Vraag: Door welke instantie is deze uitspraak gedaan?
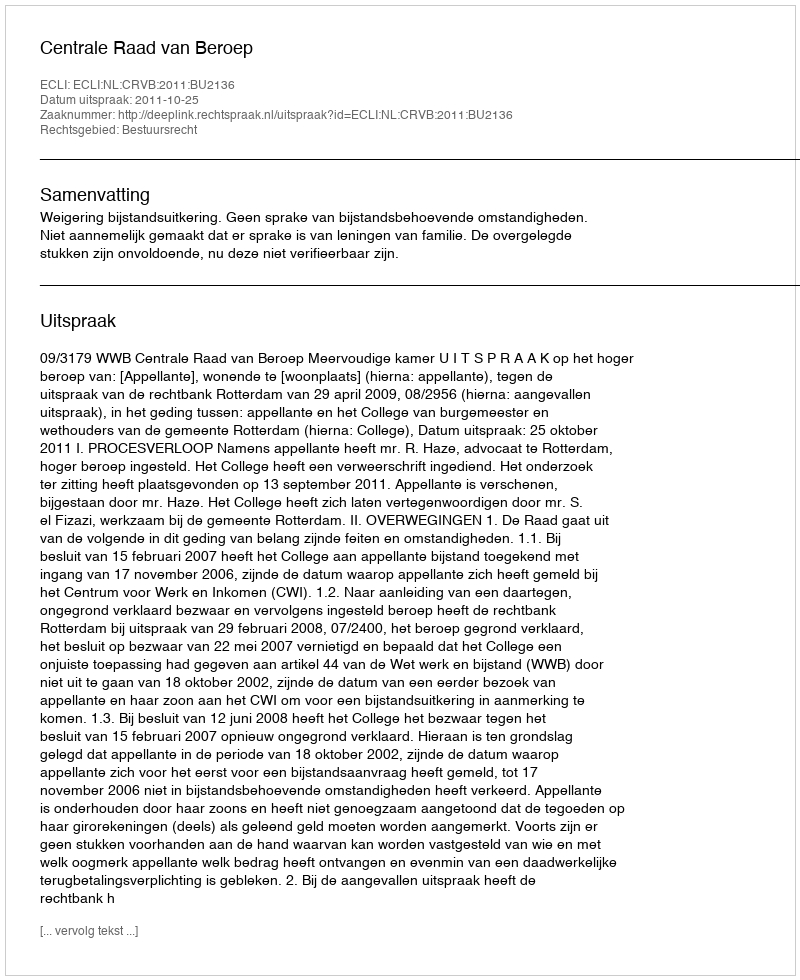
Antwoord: Centrale Raad van Beroep